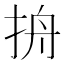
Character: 𰓞